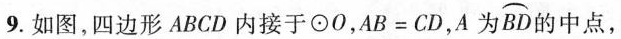
9.如图，四边形ABCD内接于\odot O，$$A B = C D$$，A为\stackrel\frown{BD}的中 点，